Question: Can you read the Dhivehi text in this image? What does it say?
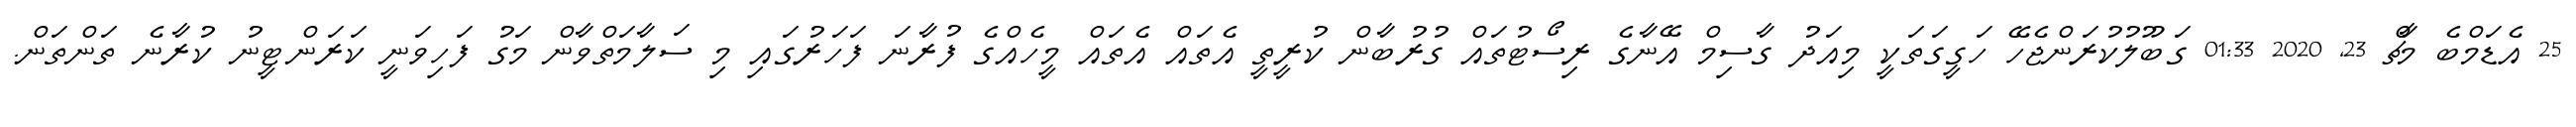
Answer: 25 އެޑަމްބެ މާޗް 23, 2020 01:33 ގަބޫލުކުރަންޖެހޭ ހަގީގަތަކީ މިއަދު ގާސިމް އޭނާގެ ރިސޯޓުތައް ގުރުބާން ކުރީތީ އެތައް އެތައް މީހެއްގެ ފުރާނަ ފަހަރުގައި މި ސަލާމަތްވާން މަގު ފަހިވަނީ ކަރަންޓީނު ކުރާނެ ތަންތަން.